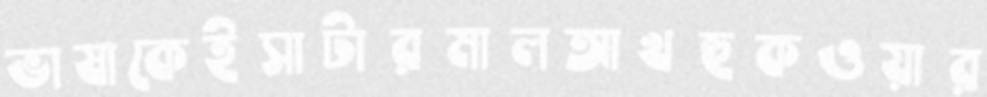
ভাষাকেইসাটারমালআখহুকওয়ার